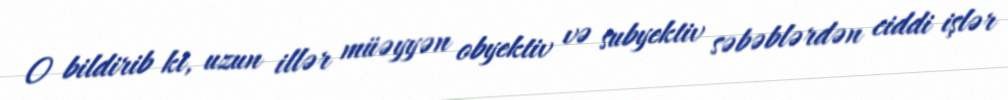
O bildirib ki, uzun illər müəyyən obyektiv və subyektiv səbəblərdən ciddi işlər